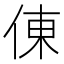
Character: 倲